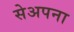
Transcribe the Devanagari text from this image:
सेअपना